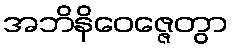
အဘိနိဝေဇ္ဇေတွာ